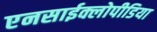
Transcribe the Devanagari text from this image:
एनसाईक्लोपीडिया